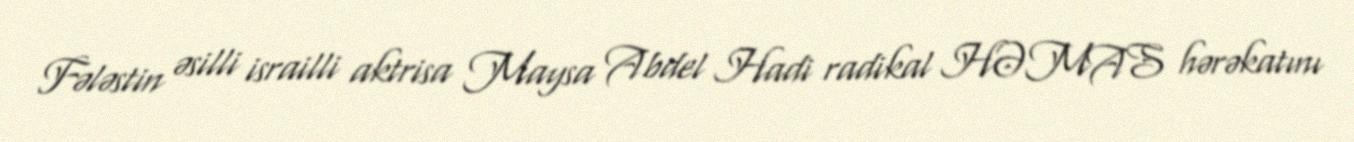
Fələstin əsilli israilli aktrisa Maysa Abdel Hadi radikal HƏMAS hərəkatını